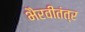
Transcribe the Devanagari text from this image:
भैरवीतंत्र